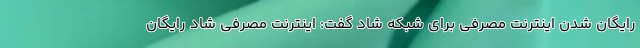
رایگان شدن اینترنت مصرفی برای شبکه شاد گفت: اینترنت مصرفی شاد رایگان